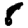
Digit: 8